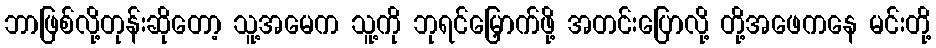
ဘာဖြစ်လို့တုန်းဆိုတော့ သူ့အမေက သူ့ကို ဘုရင်မြှောက်ဖို့ အတင်းပြောလို့ တို့အဖေကနေ မင်းတို့